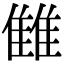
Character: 雔